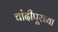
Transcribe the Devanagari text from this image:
चांदीपूरच्या